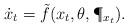
LaTeX: \begin{align*} \dot{x}_t=\tilde{f}(x_t,\theta,\P_{x_t}). \end{align*}